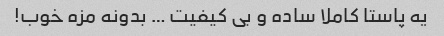
یه پاستا کاملا ساده و بی کیفیت … بدونه مزه خوب!